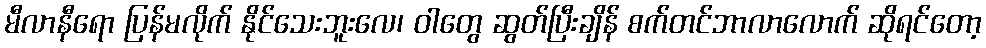
မီလာနီရော ပြန်မလိုက် နိုင်သေးဘူးလေ၊ ဝါတွေ ဆွတ်ပြီးချိန် စက်တင်ဘာလာလောက် ဆိုရင်တော့